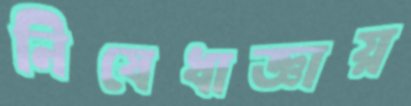
নিষেধাজ্ঞায়